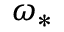
\omega _ { * }